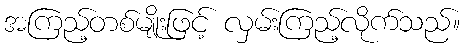
အကြည့်တစ်မျိုးဖြင့် လှမ်းကြည့်လိုက်သည်။